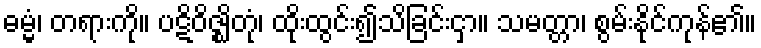
ဓမ္မံ၊ တရားကို။ ပဋိဝိဇ္ဈိတုံ၊ ထိုးထွင်း၍သိခြင်းငှာ။ သမတ္တာ၊ စွမ်းနိုင်ကုန်၏။